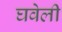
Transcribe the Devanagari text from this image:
घवेली